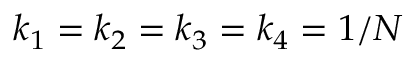
k _ { 1 } = k _ { 2 } = k _ { 3 } = k _ { 4 } = 1 / N